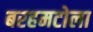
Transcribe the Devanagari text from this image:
बरहमटोला